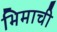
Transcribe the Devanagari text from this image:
भिमाची